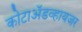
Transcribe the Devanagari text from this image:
कोटाॲडव्हायजर